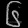
Digit: ၆